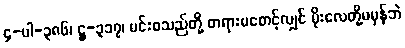
၄-ပါ-၃၈၆၊ ဋ္ဌ-၃၁၇၊ မင်းစသည်တို့ တရားမစောင့်လျှင် မိုးလေတို့မမှန်ဘဲ